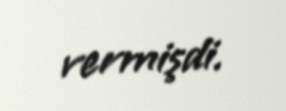
vermişdi.